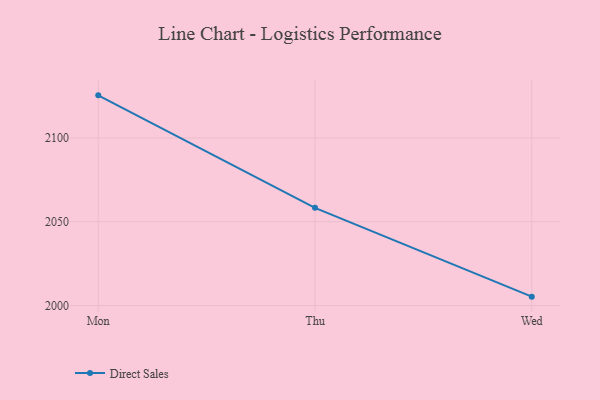
{"axis": {"x": "Day", "y": "Demand Index"}, "legend": ["Direct Sales"], "data": [{"x": "Mon", "y": 2125.4, "type": "Direct Sales"}, {"x": "Thu", "y": 2058.3, "type": "Direct Sales"}, {"x": "Wed", "y": 2005.3, "type": "Direct Sales"}]}